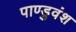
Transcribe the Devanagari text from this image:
पाण्डुवंश